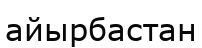
айырбастан